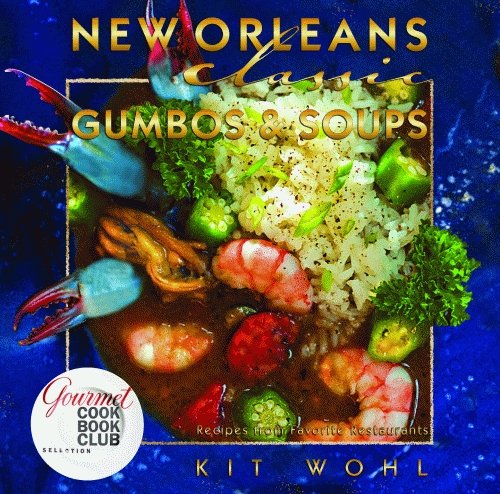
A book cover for New Orleans Classic Gumbos and Soups (Classic Recipes Series); Kit Wohl; Cookbooks, Food & Wine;